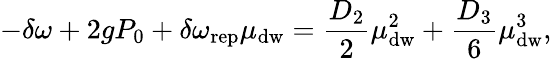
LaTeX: -\delta\omega+2gP_{0}+\delta\omega_{\mathrm{rep}}\mu_{\mathrm{dw}}=\frac{D_{2}}{2}\mu_{\mathrm{dw}}^{2}+\frac{D_{3}}{6}\mu_{\mathrm{dw}}^{3},